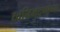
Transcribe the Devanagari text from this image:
ध्वनिमुद्रणांच्या